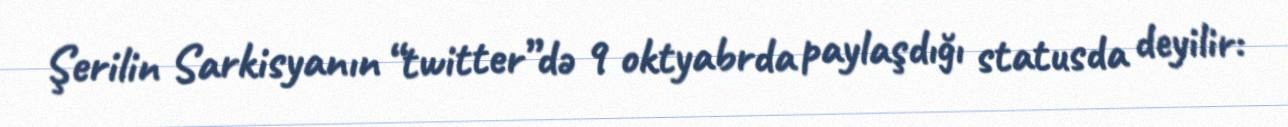
Şerilin Sarkisyanın “twitter”də 9 oktyabrda paylaşdığı statusda deyilir: